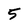
Character: 5